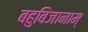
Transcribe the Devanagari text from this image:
बहुबिजानाम्